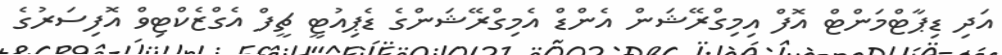
އަދި ޑިޕާޓްމަންޓް އޮފް އިމިގްރޭޝަން އެންޑް އެމިގްރޭޝަންގެ ޑެޕިއުޓީ ޗީފް އެގްޒެކްޓިވް އޮފިސަރުގެ